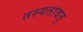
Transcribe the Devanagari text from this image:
तस्यतावत्